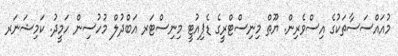
މުއައްސަސާތަކުގެ އިސްވެރިން. ޔޫތް މިނިސްޓްރީގެ ޑެޕިއުޓީ މިނިސްޓަރ އަބްދުލް މުހުސިން ހަމީދު. ކަމިޝަނަރ